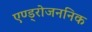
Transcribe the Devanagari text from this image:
एण्ड्रोजननिक